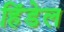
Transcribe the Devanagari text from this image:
हिंडेल